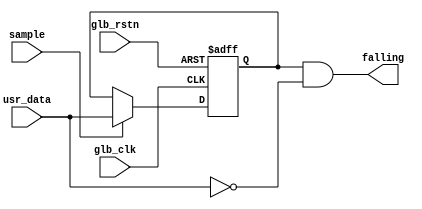
`timescale 1ns / 1ps

module Edge_detector (
	 input glb_rstn
	,input glb_clk
	,input sample
	,input usr_data
	,output reg falling
 
);
reg detector;
always @(negedge glb_rstn or posedge glb_clk)
begin
	if(!glb_rstn) 
		 detector<=0 ;
	else 
	begin
		detector<=(sample)?usr_data:detector;
	end
end 
always @ (*)
begin
	falling=detector&~usr_data;
end // always

endmodule